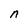
Character: n